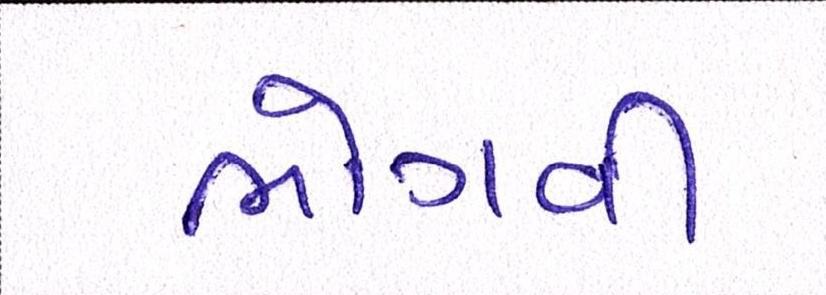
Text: ભોગવી